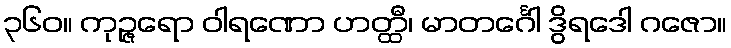
၃၆၀။ ကုဉ္ဇရော ဝါရဏော ဟတ္ထီ၊ မာတင်္ဂေါ ဒွိရဒေါ ဂဇော။